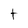
Character: t